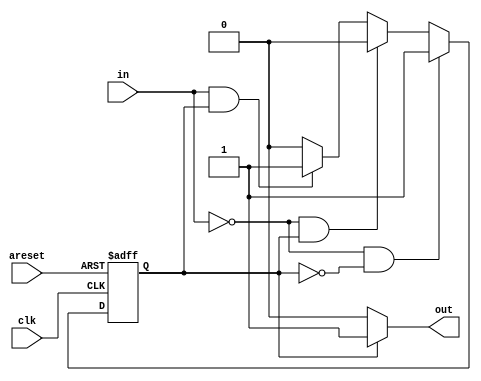
module top_module(
    input clk,
    input areset,    // Asynchronous reset to state B
    input in,
    output out);//  

    parameter A=0, B=1; 
    reg state, next_state;

    always @(*) begin  
        if(in==0&&state==A)begin
            next_state<=B;
        end
        else if(in==0&&state==B)begin
            next_state<=A;
        end
        
        else if(in==1&&state==B)begin
            next_state<=B;
        end
        else begin
            next_state<=A;
        end
    end

    always @(posedge clk, posedge areset) begin
        if(areset)begin
           state<=B;
        end
        else begin
            state<=next_state;
        end
    end
        assign out=(state==A?0:1);

endmodule